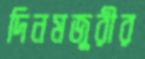
দিনমজুরীর